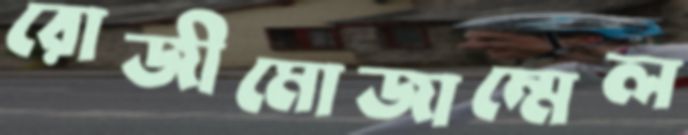
রোজীমোজাম্মেল